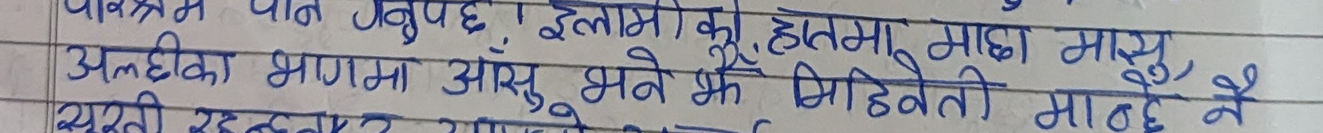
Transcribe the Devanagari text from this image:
गनुपर्छ। इलामी का, हातमा माछा मासु,
अल्छीका भागमा आँसु भने झै मिहिनेती मान्दै नै